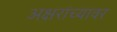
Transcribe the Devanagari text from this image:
अक्षरांच्यावर